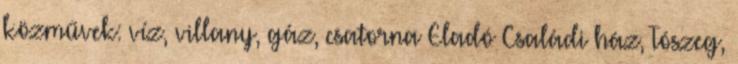
közművek: víz, villany, gáz, csatorna Eladó Családi ház, Tószeg,